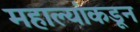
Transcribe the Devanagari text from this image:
महाल्यांकडून